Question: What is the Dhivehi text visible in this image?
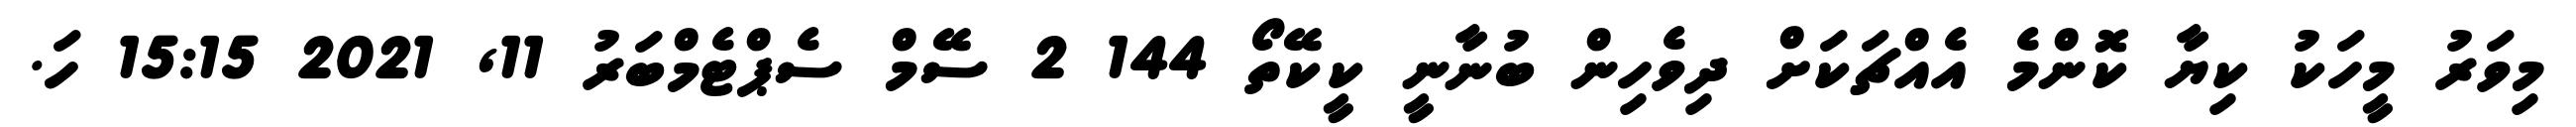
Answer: މިވަރު މީހަކު ކިޔާ ކޮންމެ އެއްޗަކަށް ދިވެހިން ބުނާނީ ކީކޭތޯ 144 2 ސޭމް ސެޕްޓެމްބަރު 11, 2021 15:15 ހަ.